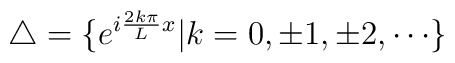
\triangle =\{e^{i\frac{2k\pi }Lx}|k=0,\pm 1,\pm 2,\cdots \}